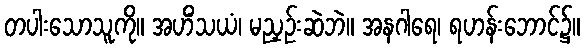
တပါးသောသူကို။ အဟိံသယံ၊ မညှဉ်းဆဲဘဲ။ အနဂါရေ၊ ရဟန်းဘောင်၌။